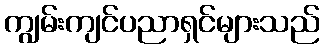
ကျွမ်းကျင်ပညာရှင်များသည်